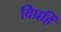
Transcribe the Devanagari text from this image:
विप्रहिं